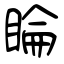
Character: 睔